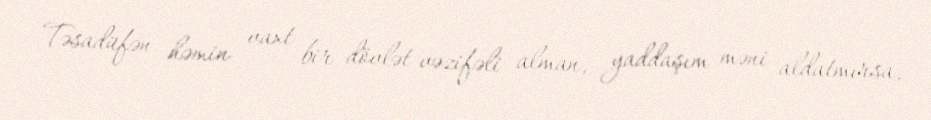
Təsadüfən həmin vaxt bir dövlət vəzifəli alman, yaddaşım məni aldatmırsa,